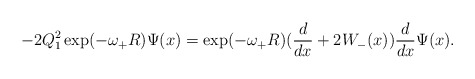
\begin{align*}-2Q_1^2\exp(-\omega_+R)\Psi(x)=\exp(-\omega_+R)(\frac{d}{dx}+2W_-(x))\frac{d}{dx}\Psi(x).\end{align*}